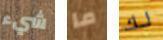
شيء ما لك